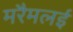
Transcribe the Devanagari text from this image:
मरैमलई